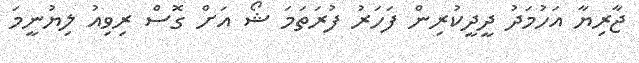
ޖާރިޔާ އަހުމަދު ދީދީކުރިން ފަހަރު ފުރަތަމަ ޝޯ އަށް ގޮސް ރިވިއު ލިޔުނީމަ